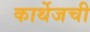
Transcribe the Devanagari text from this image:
कार्थेजची